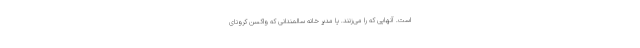
است. آنهایی که را می‌زنند. یا مدیر خانه سالمندانی که واکسن کرونای